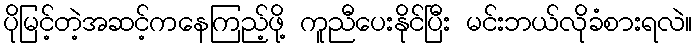
ပိုမြင့်တဲ့အဆင့်ကနေကြည့်ဖို့ ကူညီပေးနိုင်ပြီး မင်းဘယ်လိုခံစားရလဲ။